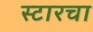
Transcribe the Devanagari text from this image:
स्टारचा